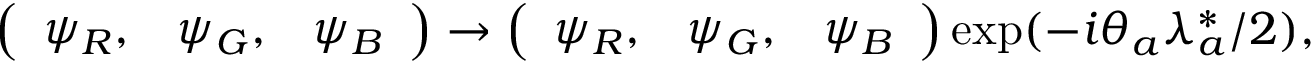
\left( \begin{array} { c c c } { { \psi _ { R } , } } & { { \psi _ { G } , } } & { { \psi _ { B } } } \end{array} \right) \rightarrow \left( \begin{array} { c c c } { { \psi _ { R } , } } & { { \psi _ { G } , } } & { { \psi _ { B } } } \end{array} \right) \exp ( - i \theta _ { a } \lambda _ { a } ^ { * } / 2 ) ,